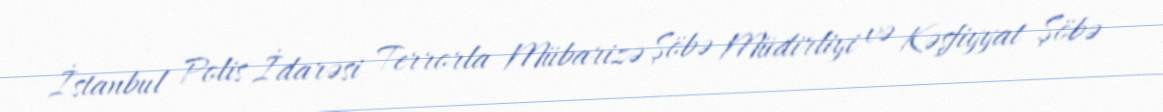
İstanbul Polis İdarəsi Terrorla Mübarizə Şöbə Müdirliyi və Kəşfiyyat Şöbə